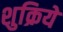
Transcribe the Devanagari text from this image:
शुक्रिये